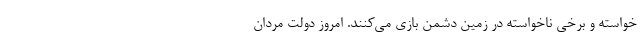
خواسته و برخی ناخواسته در زمین دشمن بازی می‌کنند. امروز دولت مردان